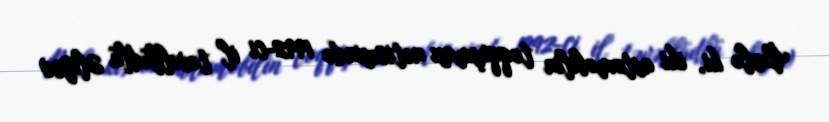
Belə ki, iki avtomobilin toqquşması nəticəsində 1992-ci il təvəllüdlü Əliyev